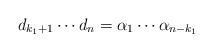
LaTeX: \begin{align*}d_{k_1+1}\cdots d_n=\alpha_1\cdots\alpha_{n-k_1}\end{align*}